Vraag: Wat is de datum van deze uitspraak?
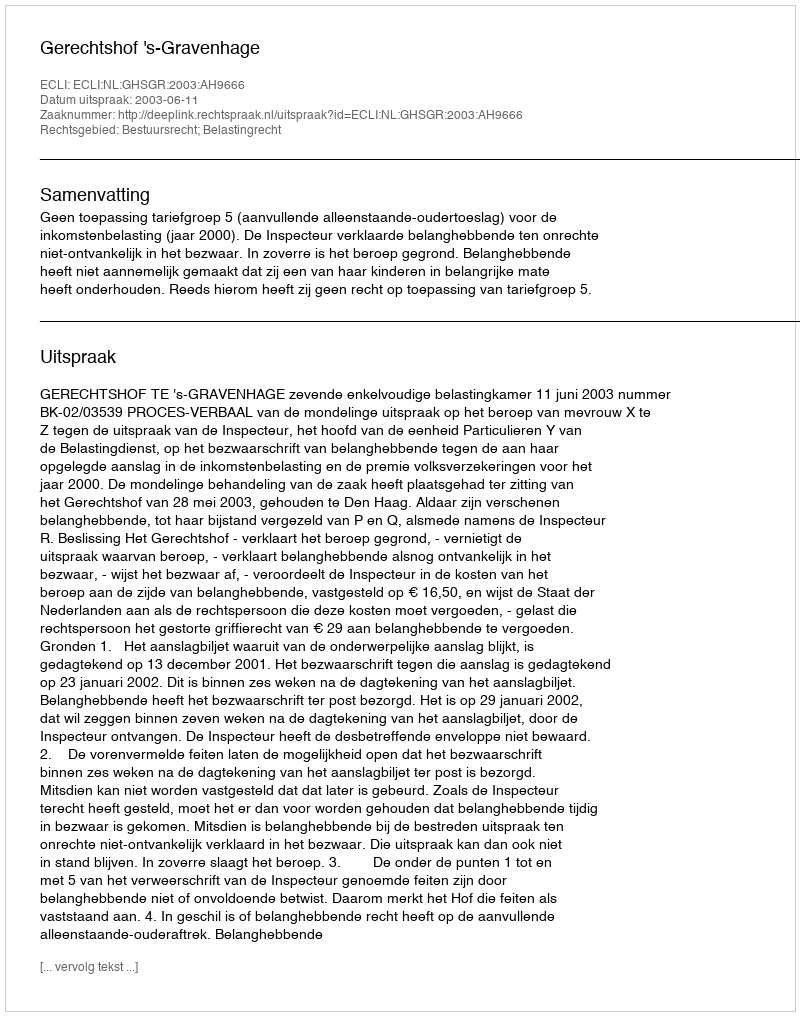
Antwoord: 2003-06-11